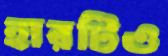
হারটিও